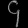
Digit: ၄